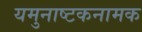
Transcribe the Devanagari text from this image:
यमुनाष्टकनामक